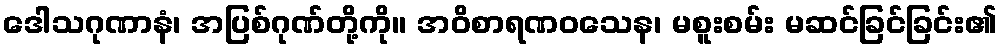
ဒေါသဂုဏာနံ၊ အပြစ်ဂုဏ်တို့ကို။ အဝိစာရဏဝသေန၊ မစူးစမ်း မဆင်ခြင်ခြင်း၏